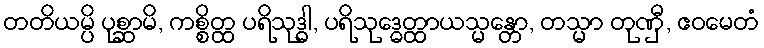
တတိယမ္ပိ ပုစ္ဆာမိ, ကစ္စိတ္ထ ပရိသုဒ္ဓါ, ပရိသုဒ္ဓေတ္ထာယသ္မန္တော, တသ္မာ တုဏှီ, ဧဝမေတံ